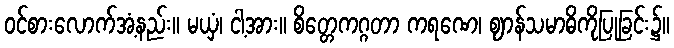
ဝင်စားလောက်အံ့နည်း။ မယှံ၊ ငါ့အား။ စိတ္တေကဂ္ဂတာ ကရဏေ၊ ဈာန်သမာဓိကိုပြုခြင်း၌။